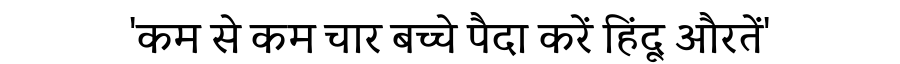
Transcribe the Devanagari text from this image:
'कम से कम चार बच्चे पैदा करें हिंदू औरतें'